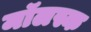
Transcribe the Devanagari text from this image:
मॉलस्क